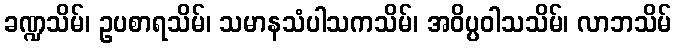
ခဏ္ဍသိမ်၊ ဥပစာရသိမ်၊ သမာနသံပါသကသိမ်၊ အဝိပ္ပဝါသသိမ်၊ လာဘသိမ်